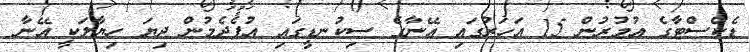
ޑެކްސްޓާގެ އުމުރުން 15 އަހަރުގައި އޭނާގެ ސިކުނޑީގައި އުފެދެމުން ދިޔަ ހިޔާލަކީ އޭނާ